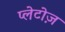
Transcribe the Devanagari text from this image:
प्लेटोज़